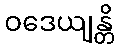
ဝဒေယျန္တိ